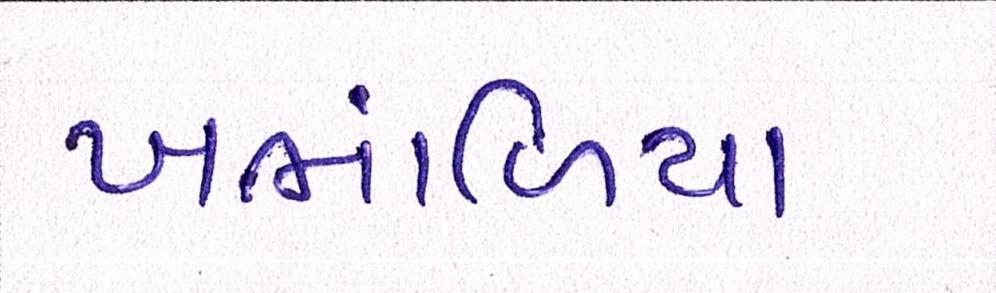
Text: ખંભાળિયા